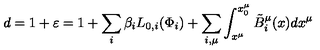
d = 1 + \varepsilon = 1 + \sum _ { i } { \beta _ { i } L _ { 0 , i } ( \Phi _ { i } ) } + \sum _ { i , \mu } { \int _ { x ^ { \mu } } ^ { x _ { 0 } ^ { \mu } } { \tilde { B } _ { i } ^ { \mu } ( x ) d x ^ { \mu } } }